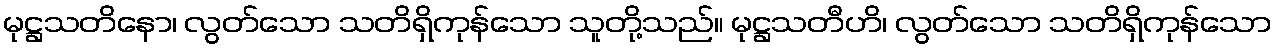
မုဋ္ဌသတိနော၊ လွတ်သော သတိရှိကုန်သော သူတို့သည်။ မုဋ္ဌသတီဟိ၊ လွတ်သော သတိရှိကုန်သော